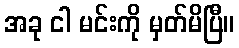
အခု ငါ မင်းကို မှတ်မိပြီ။